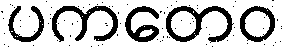
ပကတေဝ